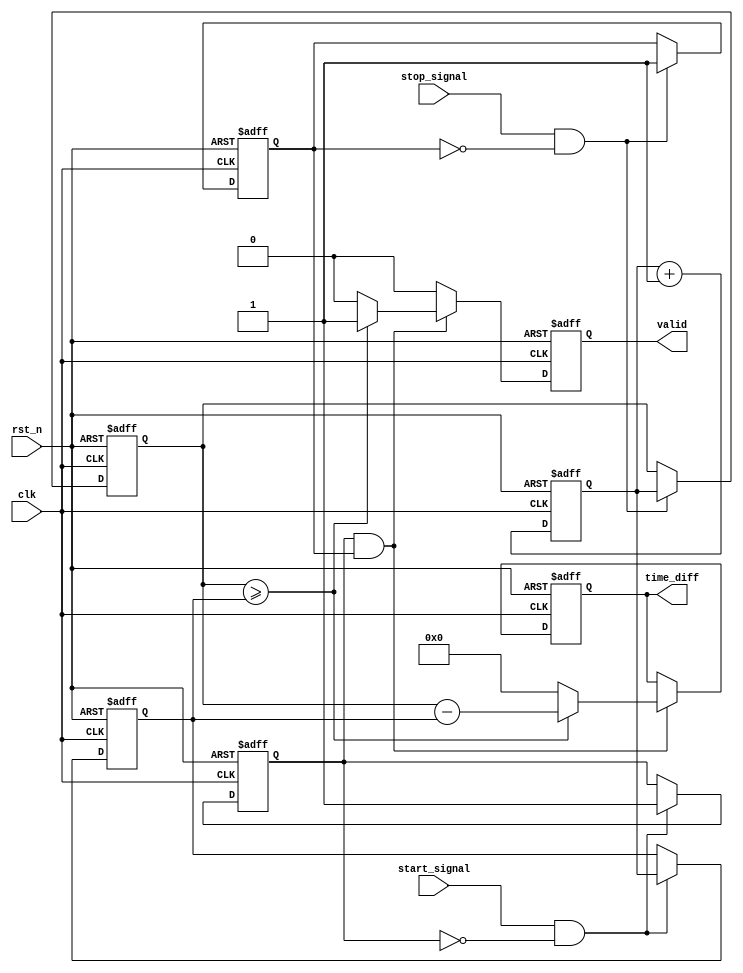
module TDC (
    input wire clk,             // High-frequency clock
    input wire rst_n,           // Active-low reset
    input wire start_signal,    // Input START signal
    input wire stop_signal,     // Input STOP signal
    output reg [31:0] time_diff,// Time difference output
    output reg valid            // Valid output signal
);

    reg [31:0] start_time;      // Memory for START timestamp
    reg [31:0] stop_time;       // Memory for STOP timestamp
    reg start_detected;         // Flag to indicate START detected
    reg stop_detected;          // Flag to indicate STOP detected
    reg [31:0] clock_counter;   // Clock counter for timestamp generation

    // Clock counter process
    always @(posedge clk or negedge rst_n) begin
        if (!rst_n) begin
            clock_counter <= 32'b0;
        end else begin
            clock_counter <= clock_counter + 1;
        end
    end

    // START event detection
    always @(posedge clk or negedge rst_n) begin
        if (!rst_n) begin
            start_detected <= 1'b0;
            start_time <= 32'b0;
        end else if (start_signal && !start_detected) begin
            start_time <= clock_counter; // Store the timestamp
            start_detected <= 1'b1;       // Set the flag
        end
    end

    // STOP event detection
    always @(posedge clk or negedge rst_n) begin
        if (!rst_n) begin
            stop_detected <= 1'b0;
            stop_time <= 32'b0;
        end else if (stop_signal && !stop_detected) begin
            stop_time <= clock_counter;  // Store the timestamp
            stop_detected <= 1'b1;        // Set the flag
        end
    end

    // Time difference calculation
    always @(posedge clk or negedge rst_n) begin
        if (!rst_n) begin
            time_diff <= 32'b0;
            valid <= 1'b0;
        end else if (start_detected && stop_detected) begin
            if (stop_time >= start_time) begin
                time_diff <= stop_time - start_time; // Calculate time difference
                valid <= 1'b1;                       // Set valid flag
            end else begin
                time_diff <= 32'b0;                  // Handle error condition
                valid <= 1'b0;
            end
        end else begin
            valid <= 1'b0;                           // Reset valid flag if not both detected
        end
    end

endmodule